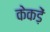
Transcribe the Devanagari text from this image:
केकड़ें